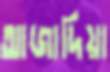
আজাদিয়া